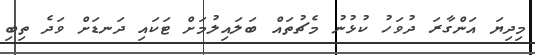
މިދިޔަ އަންގާރަ ދުވަހު ކުޅުނު މެޗުތައް ބަލައިލުމަށް ޓަކައި ދަނޑަށް ވަދެ ތިބި